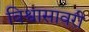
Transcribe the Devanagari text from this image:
विश्वासावरी